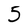
Character: 5